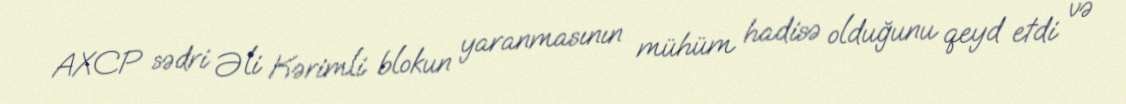
AXCP sədri Əli Kərimli blokun yaranmasının mühüm hadisə olduğunu qeyd etdi və